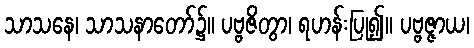
သာသနေ၊ သာသနာတော်၌။ ပဗ္ဗဇိတွာ၊ ရဟန်းပြု၍။ ပဗ္ဗဇ္ဇာယ၊